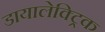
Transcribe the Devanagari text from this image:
डायालेक्ट्रिक